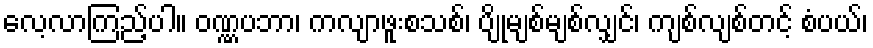
လေ့လာကြည့်ပါ။ ဝဏ္ဏပဘာ၊ ကလျာဖူးစသစ်၊ ပျိုမျစ်မျစ်လျှင်၊ ကျစ်လျစ်တင့် စံပယ်၊